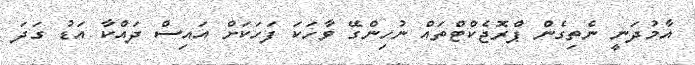
އާމުދަނީ ނެތިގެން ޕްރޮޖެކްޓްތައް ނުހިންގޭ ވާހަކަ ފަހަކަށް އައިސް ދައްކާ އަޑު ގަދަ